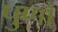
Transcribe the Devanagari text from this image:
पुणो